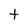
Character: t